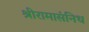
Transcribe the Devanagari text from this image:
श्रीरामासंनिध